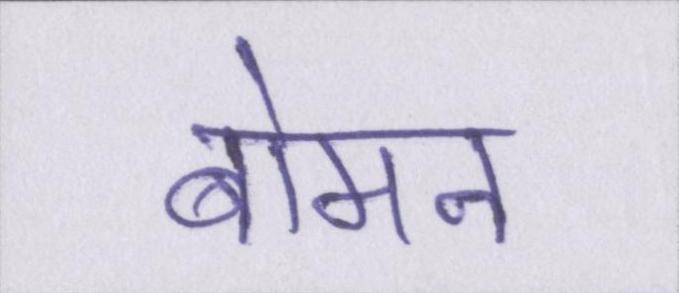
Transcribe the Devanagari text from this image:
बोमन